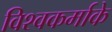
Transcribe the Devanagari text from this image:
विश्वकर्माके